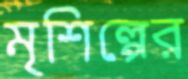
মৃশিল্পের